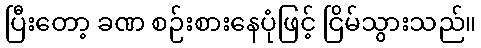
ပြီးတော့ ခဏ စဉ်းစားနေပုံဖြင့် ငြိမ်သွားသည်။